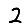
Digit: 2